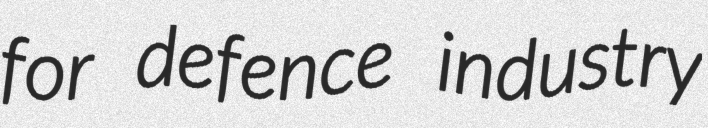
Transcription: for defence industry